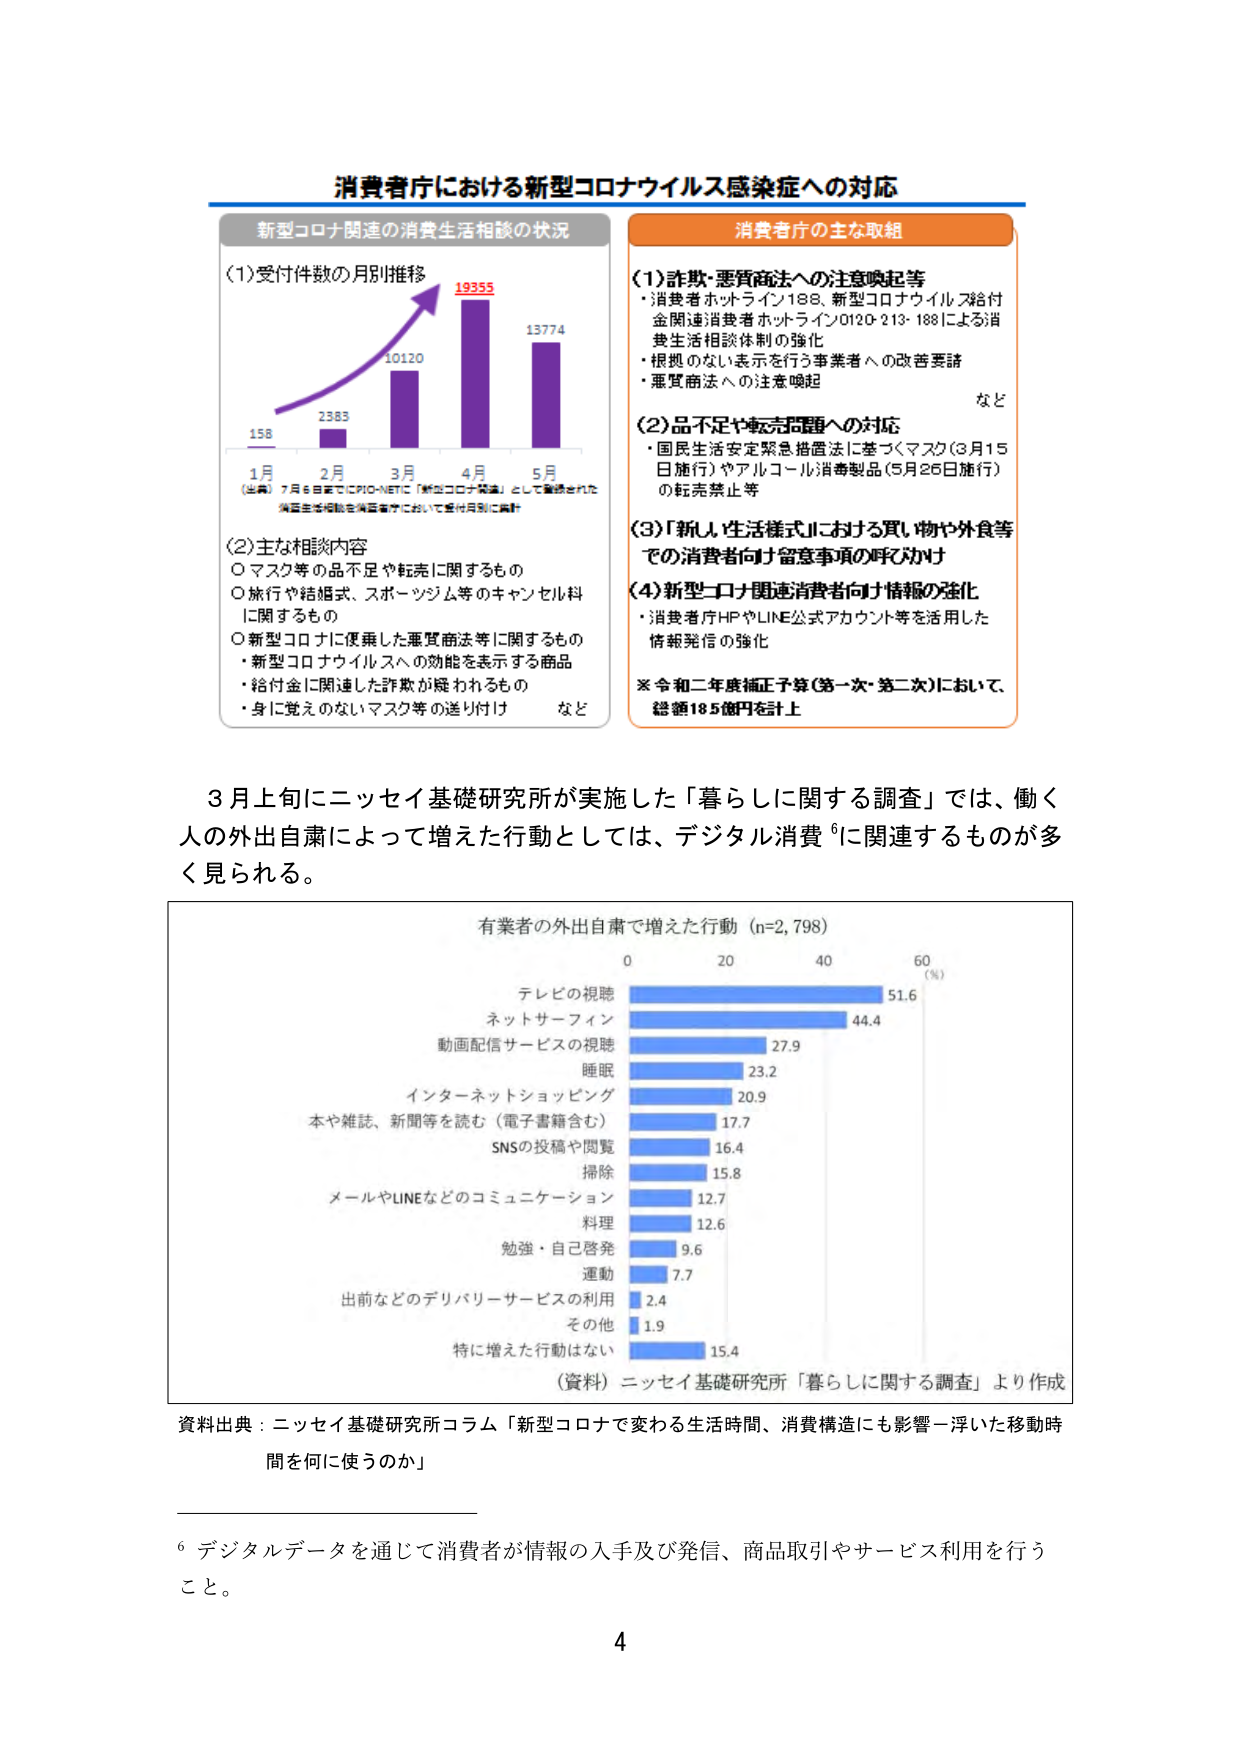
消費省庁における新型コロナウイルス感染症への対応

新型コロナ関連の消費生活相談の状況

(1) 受付件数の月別推移
158
2383
10120
19355
13774
1月 2月 3月 4月 5月
（出典）7月6日までにPID-NETに「新型コロナ関連」として登録された
消費生活相談を消費省庁において受付月別に集計

(2) 主な相談内容
○ マスク等の品不足や転売に関するもの
○ 旅行や結婚式、スポーツジム等のキャンセル料
に関するもの
○ 新型コロナに便乗した悪質商法等に関するもの
・ 新型コロナウイルスへの効能を表示する商品
・ 給付金に関連した詐欺が疑われるもの
・ 身に覚えのないマスク等の送り付け など

消費省庁の主な取組

(1) 詐欺・悪質商法への注意喚起等
・ 消費者ホットライン188、新型コロナウイルス給付
金関連消費者ホットライン0120-213-188による消
費生活相談体制の強化
・ 根拠のない表示を行う事業者への改善要請
・ 悪質商法への注意喚起
など

(2) 品不足や転売問題への対応
・ 国民生活安定緊急措置法に基づくマスク（3月15
日施行）やアルコール消毒製品（5月25日施行）
の転売禁止等

(3) 「新しい生活様式」における買い物や外食等
での消費者向け留意事項の呼びかけ

(4) 新型コロナ関連消費者向け情報の強化
・ 消費者庁HPやLINE公式アカウント等を活用した
情報発信の強化

※ 令和二年度補正予算（第一次・第二次）において、
総額185億円を計上

3月上旬にニッセイ基礎研究所が実施した「暮らしに関する調査」では、働く
人の外出自粛によって増えた行動としては、デジタル消費⁶に関連するものが多
く見られる。

有業者の外出自粛で増えた行動（n=2,798）
0 20 40 60（％）
テレビの視聴 51.6
ネットサーフィン 44.4
動画配信サービスの視聴 27.9
睡眠 23.2
インターネットショッピング 20.9
本や雑誌、新聞等を読む（電子書籍含む） 17.7
SNSの投稿や閲覧 16.4
掃除 15.8
メールやLINEなどのコミュニケーション 12.7
料理 12.6
勉強・自己啓発 9.6
運動 7.7
出前などのデリバリーサービスの利用 2.4
その他 1.9
特に増えた行動はない 15.4
（資料）ニッセイ基礎研究所「暮らしに関する調査」より作成

資料出典：ニッセイ基礎研究所コラム「新型コロナで変わる生活時間、消費構造にも影響－浮いた移動時
間を何に使うのか」

⁶ デジタルデータを通じて消費者が情報の入手及び発信、商品取引やサービス利用を行う
こと。

4